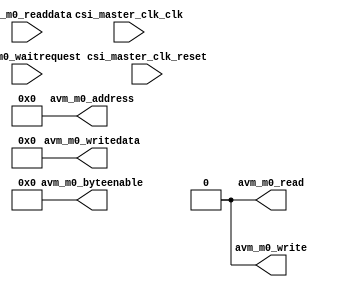

module dummy_master

#(
    parameter MASTER_ADDRESS_WIDTH      = 8
)

(
    // master clock interface
    input                                       csi_master_clk_clk,
    input                                       csi_master_clk_reset,
    
    // master interface
    output  [(MASTER_ADDRESS_WIDTH - 1):0]      avm_m0_address,
    output  [3:0]   							avm_m0_byteenable,
    output                                      avm_m0_read,
    output                                      avm_m0_write,
    output  [31:0]         						avm_m0_writedata,
    input                                       avm_m0_waitrequest,
    input   [31:0]         						avm_m0_readdata
);

assign avm_m0_address		= { MASTER_ADDRESS_WIDTH { 1'b0 }};
assign avm_m0_byteenable	= { 4 { 1'b0 }};
assign avm_m0_read			= 1'b0;
assign avm_m0_write			= 1'b0;
assign avm_m0_writedata		= { 32 { 1'b0 }};

endmodule